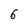
Character: 6